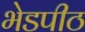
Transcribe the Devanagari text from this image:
भेडपीठ